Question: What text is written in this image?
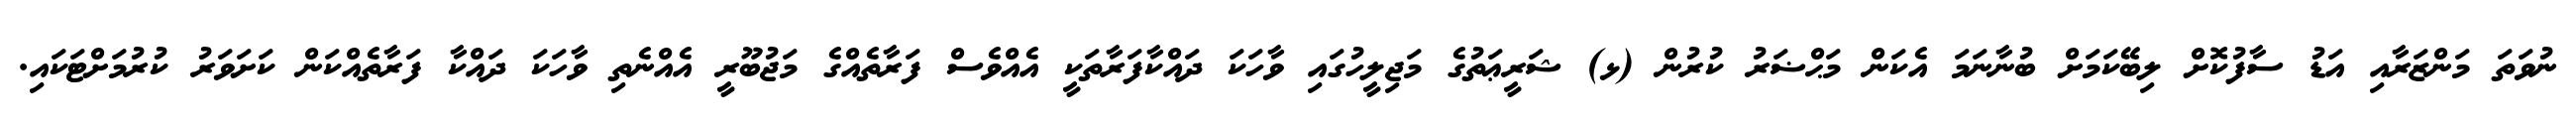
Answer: ނުވަތަ މަންޒަރާއި އަޑު ސާފުކޮށް ލިބޭކަމަށް ބުނާނަމަ އެކަން މަޙްޟަރު ކުރުން (ޅ) ޝަރީޢަތުގެ މަޖިލީހުގައި ވާހަކަ ދައްކާފަރާތަކީ އެއްވެސް ފަރާތެއްގެ މަޖުބޫރީ އެއްނެތި ވާހަކަ ދައްކާ ފަރާތެއްކަން ކަށަވަރު ކުރުމަށްޓަކައި.